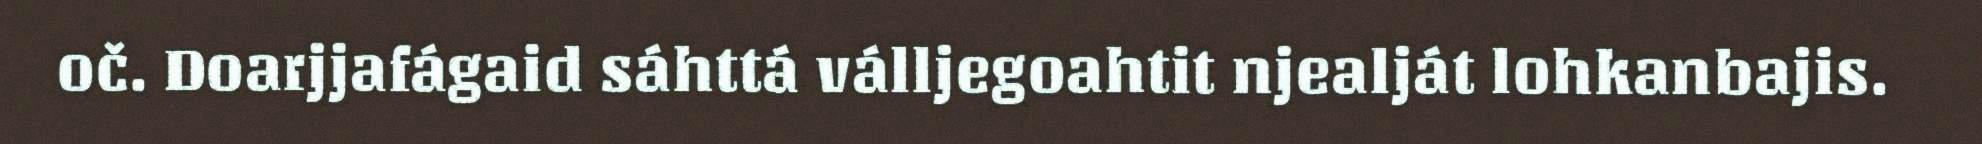
oč. Doarjjafágaid sáhttá válljegoahtit njealját lohkanbajis.